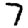
Digit: 7